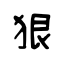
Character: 狠